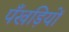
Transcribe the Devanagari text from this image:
पँखड़ियों